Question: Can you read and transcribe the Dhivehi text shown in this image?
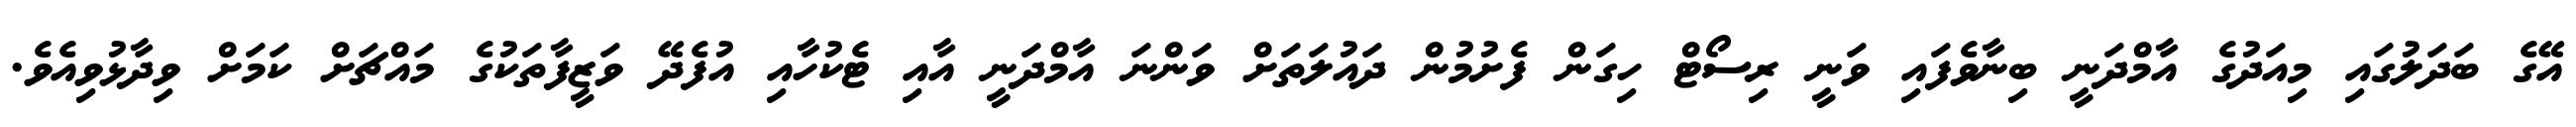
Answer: އޭގެ ބަދަލުގައި މިއަދުގެ އާމްދަނީ ބިނާވެފައި ވަނީ ރިސޯޓް ހިގަން ފެށުމުން ދައުލަތަށް ވަންނަ އާމްދަނީ އާއި ޓެކުހާއި އުފެދޭ ވަޒީފާތަކުގެ މައްޗަށް ކަމަށް ވިދާޅުވިއެވެ.